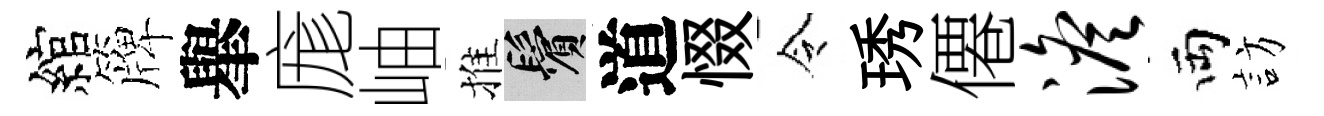
綰簰𦦙庬岫推鬢道惙令琇僊澹両訪